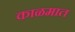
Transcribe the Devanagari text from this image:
काळमात